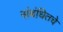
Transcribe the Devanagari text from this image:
संबंधितचे